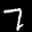
Label: 7